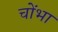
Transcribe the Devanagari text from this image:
चोंभा